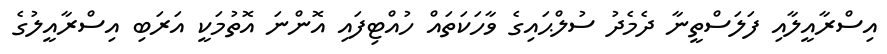
އިސްރާއީލާއި ފަލަސްތީނާ ދެމެދު ސުލްޙައިގެ ވާހަކަތައް ހުއްޓިފައި އޮންނަ އޮތުމަކީ އަރަބި އިސްރާއީލުގެ